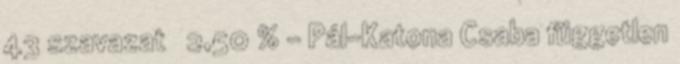
43 szavazat 2,50 % – Pál-Katona Csaba független